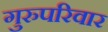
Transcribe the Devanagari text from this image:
गुरुपरिवार